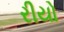
રીયો